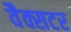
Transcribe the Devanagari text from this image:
वैक्सटर